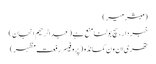
(مبشر میر)
خبر دار ، سچ بولنا منع ہے (عبدالرحیم انجان)
تھری اِن وَن کمانڈو (پروفیسر رفعت مظہر)